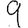
Digit: 9